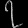
Digit: ၇